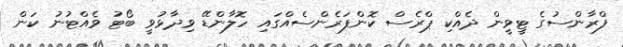
ފްރާންސުގެ ޓީވީން ދެއްކި ޕްރެސް ކޮންފަރެންސެއްގައި ހޮލާންޑޭ ވިދާޅުވީ ބޯޓު ވެއްޓުނު ކަން